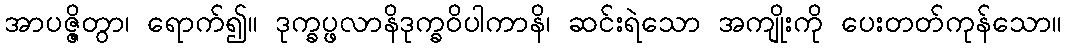
အာပဇ္ဇိတွာ၊ ရောက်၍။ ဒုက္ခပ္ဖလာနိဒုက္ခဝိပါကာနိ၊ ဆင်းရဲသော အကျိုးကို ပေးတတ်ကုန်သော။